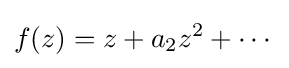
f(z)=z+a_{2}z^{2}+\cdots